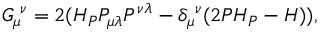
G _ { \mu } ^ { ~ \nu } = 2 ( { \cal H } _ { P } P _ { \mu \lambda } P ^ { \nu \lambda } - \delta _ { \mu } ^ { ~ \nu } ( 2 P { \cal H } _ { P } - { \cal H } ) ) ,